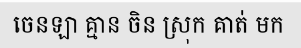
ចេនឡា គ្មាន ចិន ស្រុក គាត់ មក